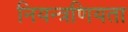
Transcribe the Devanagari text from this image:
नियन्त्रणियता